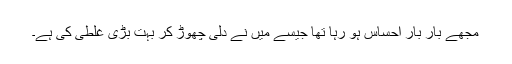
مجھے بار بار احساس ہو رہا تھا جیسے میں نے دلی چھوڑ کر بہت بڑی غلطی کی ہے۔